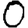
Digit: 0